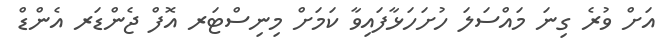
އަށް ވުރެ ގިނަ މައްސަލަ ހުށަހަޅާފައިވާ ކަމަށް މިނިސްޓަރ އޮފް ޖެންޑަރ އެންޑް